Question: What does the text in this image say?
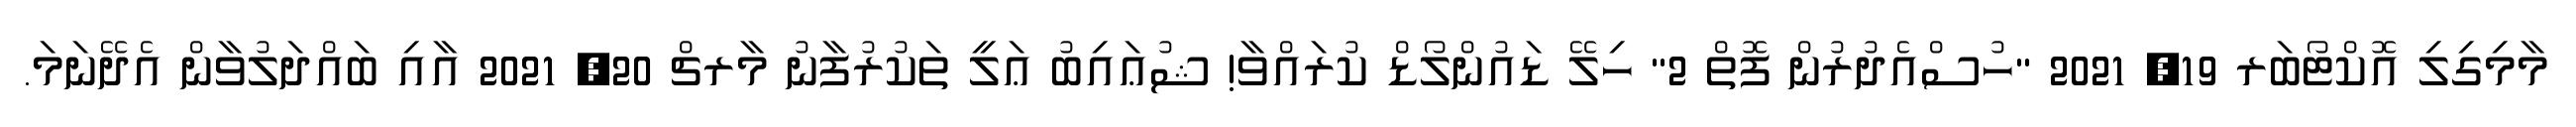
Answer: މާމިގިލި އޮކްޓޯބަރ 19, 2021 "ހުސްއެދުރުން ފޮތް 2" ހިލޭ ޑައުންލޯޑް ކުރައްވާ! ޝުޢައިބު ޢަލީ ތަކުރުފާނު މާރޗް 20, 2021 އާއި ބައްދަލުވާން އެދޭނަމަ.